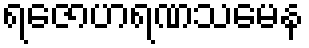
ရဇောဟရဏသမေန